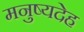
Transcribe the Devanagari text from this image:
मनुष्यदेह